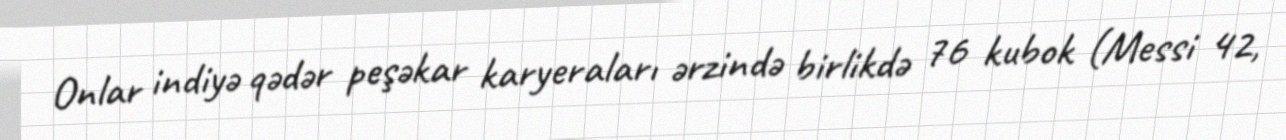
Onlar indiyə qədər peşəkar karyeraları ərzində birlikdə 76 kubok (Messi 42,